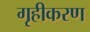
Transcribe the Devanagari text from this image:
गृहीकरण